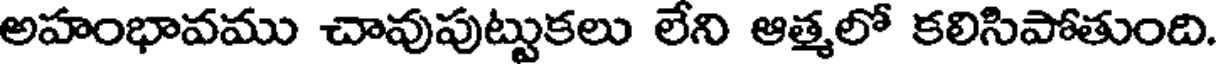
అహంభావము చావుపుట్టుకలు లేని ఆత్మలో కలిసిపోతుంది.